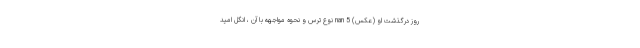
روز درگذشت او (عکس) nan 5 نوع ترس و نحوه مواجهه با آن ، انگل امید